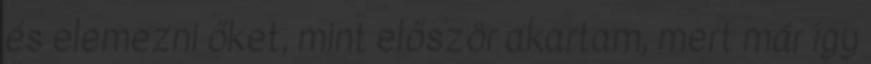
és elemezni őket, mint először akartam, mert már így